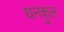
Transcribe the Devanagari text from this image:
धनकुल